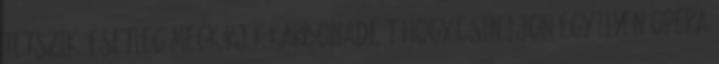
tetszik. Esetleg megkérjük Karbonade-t hogy csináljon egy ilyen opera